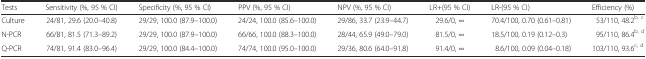
| Tests | Sensitivity (%, 95 % CI) | Specificity (%, 95 % CI) | PPV (%, 95 % CI) | NPV (%, 95 % CI) | LR+(95 % CI) | LR-(95 % CI) | Efficiency (%) |
 | --- | --- | --- | --- | --- | --- | --- | --- |
 | Culture | 24/81, 29.6 (20.0–40.8) | 29/29, 100.0 (87.9–100.0) | 24/24, 100.0 (85.6–100.0) | 29/86, 33.7 (23.9–44.7) | 29.6/0, ∞ | 70.4/100, 0.70 (0.61–0.81) | 53/110, 48.2b, c |
 | N-PCR | 66/81, 81.5 (71.3–89.2) | 29/29, 100.0 (87.9–100.0) | 66/66, 100.0 (88.3–100.0) | 28/44, 65.9 (49.0–79.0) | 81.5/0, ∞ | 18.5/100, 0.19 (0.12–0.3) | 95/110, 86.4b, d |
 | Q-PCR | 74/81, 91.4 (83.0–96.4) | 29/29, 100.0 (84.4–100.0) | 74/74, 100.0 (95.0–100.0) | 29/36, 80.6 (64.0–91.8) | 91.4/0, ∞ | 8.6/100, 0.09 (0.04–0.18) | 103/110, 93.6c, d |